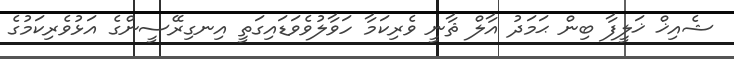
ޝެއިޚް ޚަލީފާ ބިން ޙަމަދު އާލް ޘާނީ ވެރިކަމާ ހަވާލުވެވަޑައިގަތީ އިނގިރޭސީންގެ އަޅުވެރިކަމުގެ